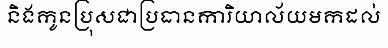
និងកូនប្រុសជាប្រធានការិយាល័យមកដល់